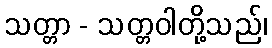
သတ္တာ - သတ္တဝါတို့သည်၊